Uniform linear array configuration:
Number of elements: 8
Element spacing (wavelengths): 0.25
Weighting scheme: uniform
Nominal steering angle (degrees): -60
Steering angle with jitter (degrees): -58.834
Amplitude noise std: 0.05
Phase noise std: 0.05

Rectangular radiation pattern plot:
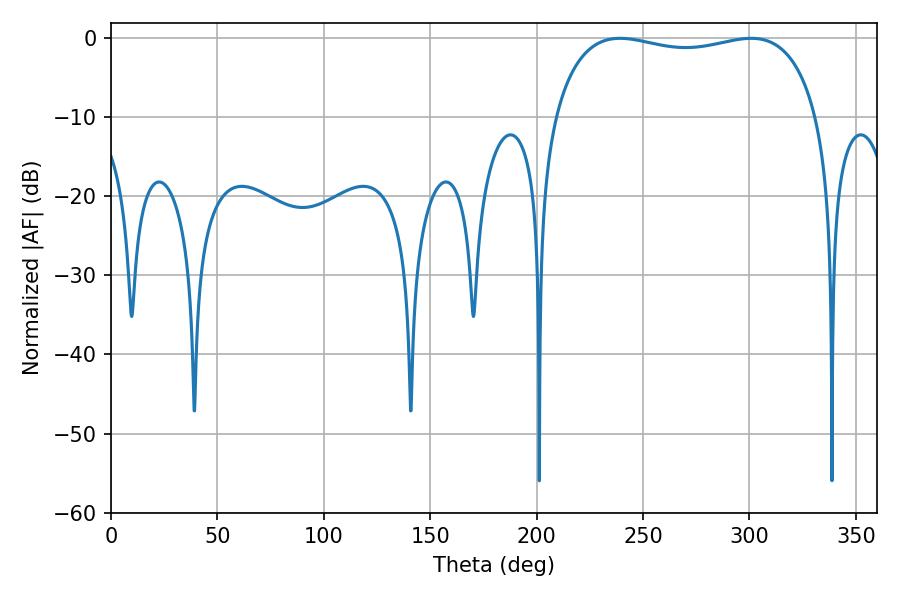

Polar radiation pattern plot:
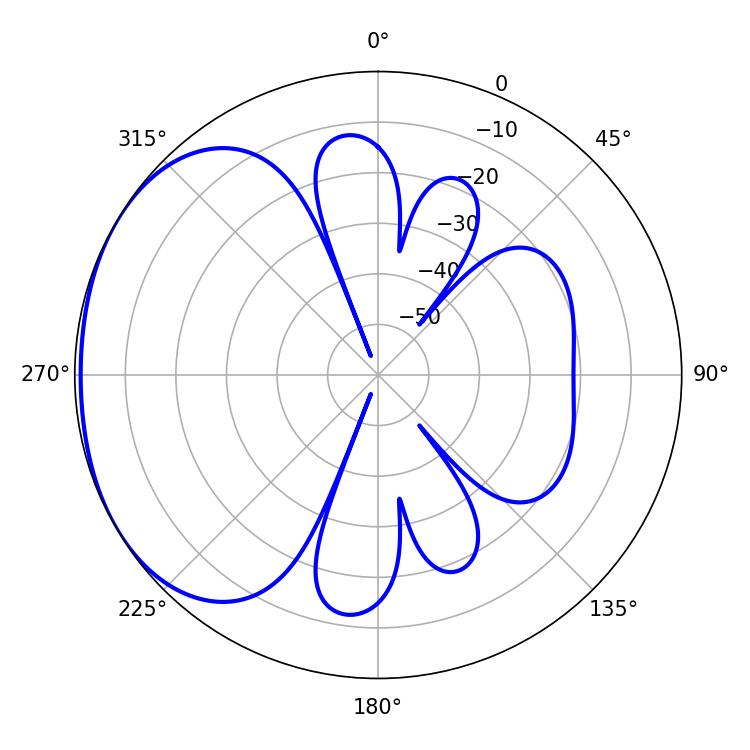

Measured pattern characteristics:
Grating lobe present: FALSE
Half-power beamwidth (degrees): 100.8
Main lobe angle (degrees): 239.22